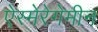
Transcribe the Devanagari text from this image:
ऐस्मेरेगेमीन